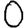
Digit: 0